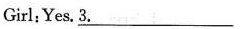
Girl : Yes.3. \underline{3}